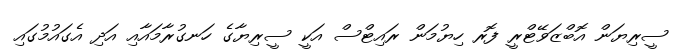
ސީރިޔަން އޮބްޒަވޭޓްރީ ފޮރ ހިޔުމަން ރައިޓްސް އަކީ ސީރިޔާގެ ހަނގުރާމައާއި އަދި އެގައުމުގައި